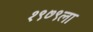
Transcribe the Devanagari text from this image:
१९७९ला